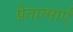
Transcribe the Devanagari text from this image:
प्रेतात्माएँ